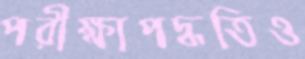
পরীক্ষাপদ্ধতিও